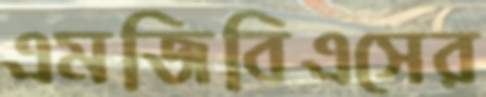
এমজিবিএসের